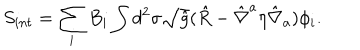
S _ { i n t } = \sum _ { i } B _ { i } \int d ^ { 2 } \sigma \sqrt { \hat { g } } ( \hat { R } - { \hat { \nabla } } ^ { a } \eta { \hat { \nabla } } _ { a } ) \phi _ { i } .